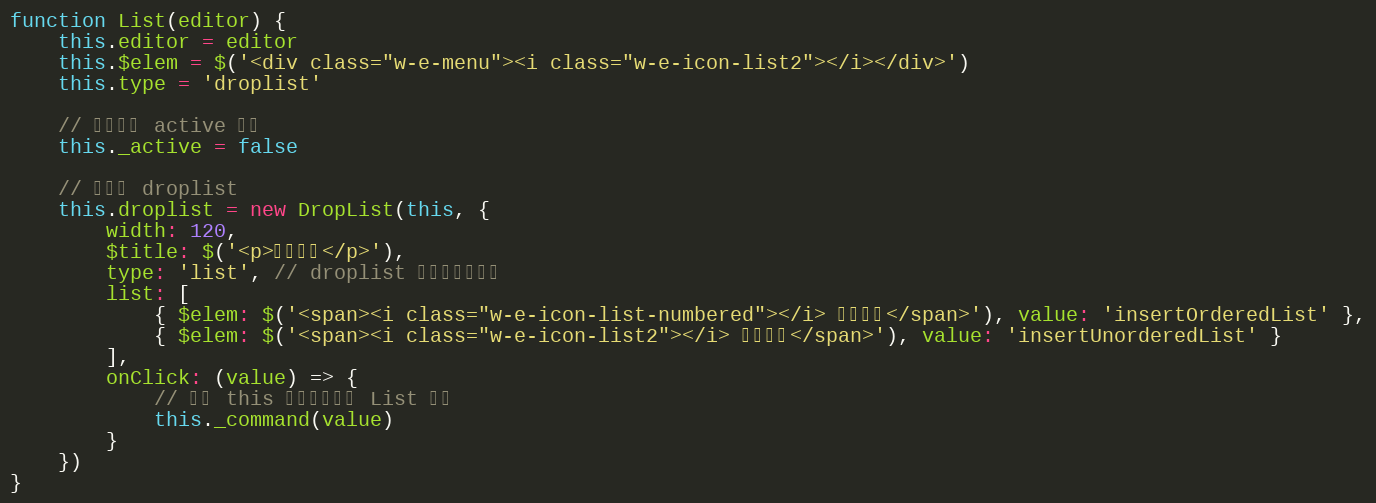
Language: JavaScript
function List(editor) {
    this.editor = editor
    this.$elem = $('<div class="w-e-menu"><i class="w-e-icon-list2"></i></div>')
    this.type = 'droplist'

    // 当前是否 active 状态
    this._active = false

    // 初始化 droplist
    this.droplist = new DropList(this, {
        width: 120,
        $title: $('<p>设置列表</p>'),
        type: 'list', // droplist 以列表形式展示
        list: [
            { $elem: $('<span><i class="w-e-icon-list-numbered"></i> 有序列表</span>'), value: 'insertOrderedList' },
            { $elem: $('<span><i class="w-e-icon-list2"></i> 无序列表</span>'), value: 'insertUnorderedList' }
        ],
        onClick: (value) => {
            // 注意 this 是指向当前的 List 对象
            this._command(value)
        }
    })
}